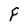
Character: F